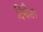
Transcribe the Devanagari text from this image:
दिनौङा